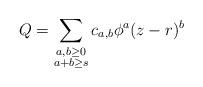
LaTeX: \begin{align*} Q = \sum_{\substack{a,b \geq 0 \\ a + b \geq s}}c_{a,b}\phi^a(z-r)^b \end{align*}